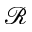
\mathcal { R }